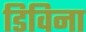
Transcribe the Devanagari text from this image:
डिविना